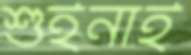
শুইনাই